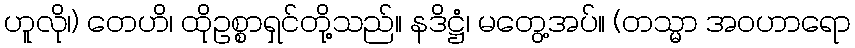
ဟူလို၊) တေဟိ၊ ထိုဥစ္စာရှင်တို့သည်။ နဒိဋ္ဌံ၊ မတွေ့အပ်။ (တသ္မာ အဝဟာရော